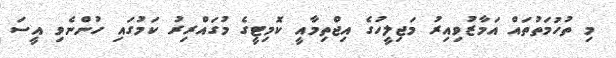
މި ތުހުމަތުތައް އަމާޒުވިއިރު މަޖިލީހުގެ އިޖްތިމާއީ ކޮމިޓީގެ މުގައްރިރު ކަމުގައި ހުންނެވި އީސަ